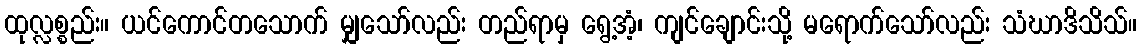
ထုလ္လစ္စည်း။ ယင်ကောင်တသောက် မျှသော်လည်း တည်ရာမှ ရွေ့အံ့၊ ကျင်ချောင်းသို့ မရောက်သော်လည်း သံဃာဒိသိသ်။